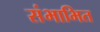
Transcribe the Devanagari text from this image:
संभाभित